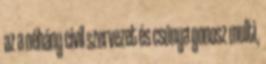
az a néhány civil szervezet és csúnya gonosz multi,